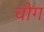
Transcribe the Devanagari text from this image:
चोग